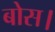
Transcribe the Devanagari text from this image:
बोस।